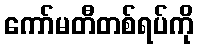
ကော်မတီတစ်ရပ်ကို